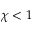
\chi < 1